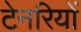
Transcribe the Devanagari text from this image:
टेनरियों